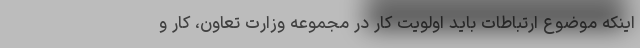
اینکه موضوع ارتباطات باید اولویت کار در مجموعه وزارت تعاون، کار و